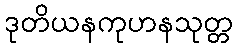
ဒုတိယနကုဟနသုတ္တ